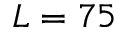
L = 7 5